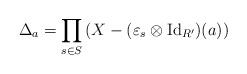
\begin{align*}\Delta_a = \prod_{s\in S} \left( X - (\varepsilon_s\otimes \mathrm{Id}_{R'})(a)\right)\end{align*}